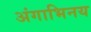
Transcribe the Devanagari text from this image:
अंगाभिनय